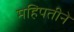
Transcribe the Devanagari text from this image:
महिपतीनें